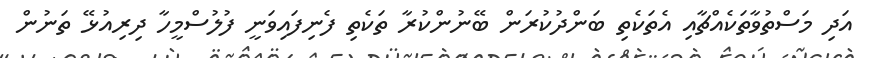
އަދި މަސްތުވާތަކެއްޗާއި އެތަކެތި ބަންދުކުރަން ބޭނުންކުރާ ތަކެތި ފެނިފައިވަނީ ފުލުސްމީހާ ދިރިއުޅޭ ތަނުން